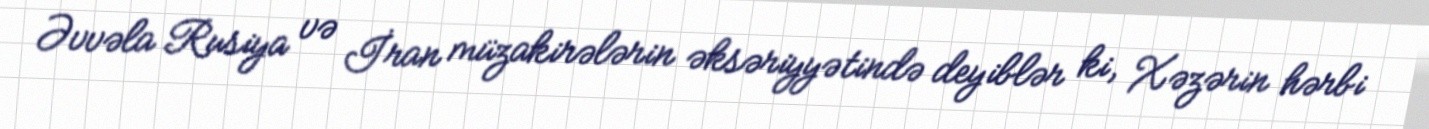
Əvvəla Rusiya və İran müzakirələrin əksəriyyətində deyiblər ki, Xəzərin hərbi